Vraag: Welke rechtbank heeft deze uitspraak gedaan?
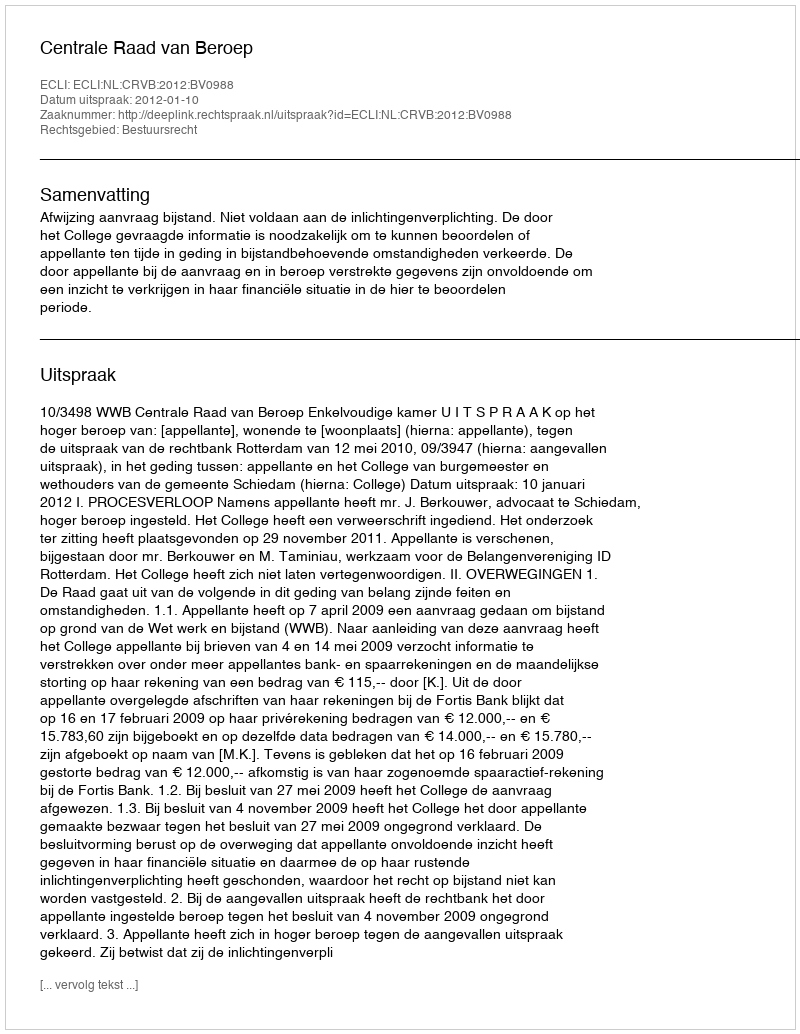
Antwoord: Centrale Raad van Beroep